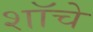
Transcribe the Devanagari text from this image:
शॉचे